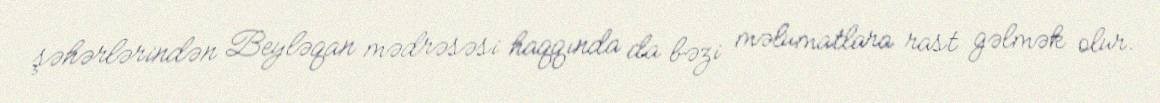
şəhərlərindən Beyləqan mədrəsəsi haqqında da bəzi məlumatlara rast gəlmək olur.